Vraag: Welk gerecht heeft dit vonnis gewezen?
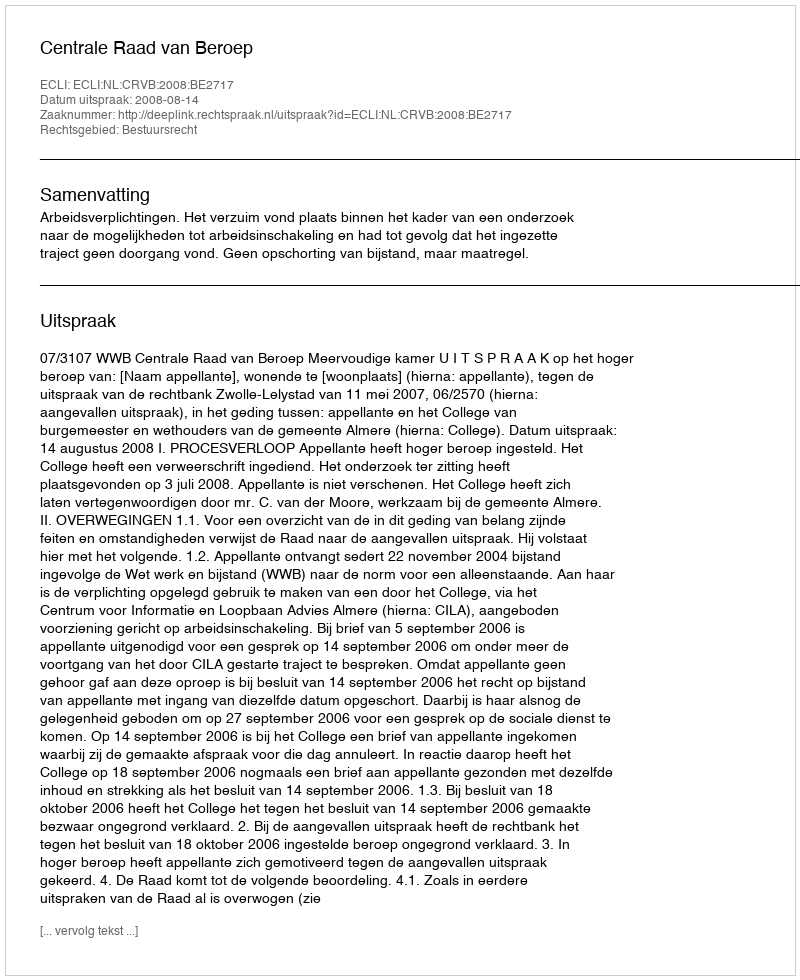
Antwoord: Centrale Raad van Beroep